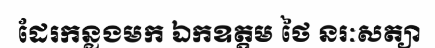
ដែរកន្លងមក ឯកឧត្តម ថៃ នរៈសត្យា